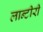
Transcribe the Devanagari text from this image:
लान्टीरी